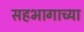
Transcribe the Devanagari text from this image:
सहभागाच्या